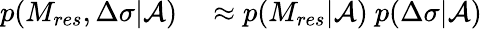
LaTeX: \begin{array}{rl}{p(M_{res},\Delta\sigma|\mathcal{A})}&{{}\approx p(M_{res}|\mathcal{A})~p(\Delta\sigma|\mathcal{A})}\end{array}